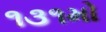
૧૩૧મો